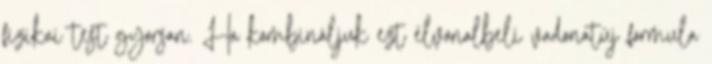
fizikai test gyorsan. Ha kombináljuk ezt élvonalbeli vadonatúj formula